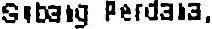
SUBANG PERDANA,